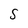
Character: S